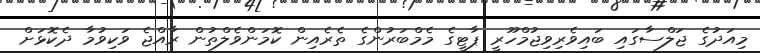
މިއަދުގެ ޖަލްސާގައި ބައިވެރިވިޖުމްހޫރީ ޕާޓީގެ މެމްބަރުންގެ ތެރެއިން ކޮމަންވެލްތުން ރާއްޖެ ވަކިވުމާ ދެކޮޅަށް